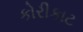
કોરીકાટ